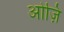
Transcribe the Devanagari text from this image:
ओज़ि